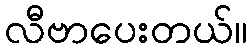
လီဗာပေးတယ်။